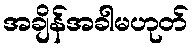
အချိန်အခါမဟုတ်